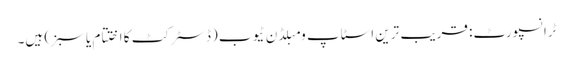
ٹرانسپورٹ: قریب ترین اسٹاپ ومبلڈن ٹیوب (ڈسٹرکٹ کا اختتام یا سبز) ہیں۔